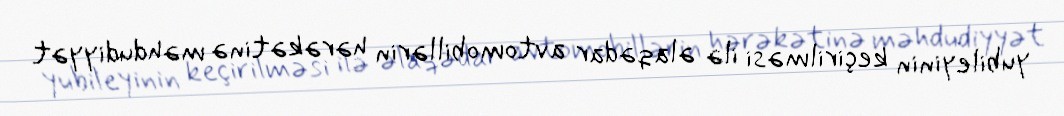
yubileyinin keçirilməsi ilə əlaqədar avtomobillərin hərəkətinə məhdudiyyət